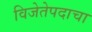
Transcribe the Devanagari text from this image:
विजेतेपदाचा